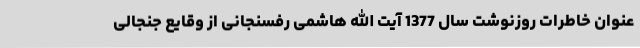
عنوان خاطرات روزنوشت سال 1377 آیت الله هاشمی رفسنجانی از وقایع جنجالی